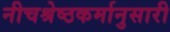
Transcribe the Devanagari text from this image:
नीचश्रेष्ठकर्मानुसारी